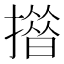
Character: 𢵄